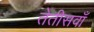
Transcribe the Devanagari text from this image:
तेतीसवाँ